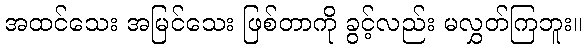
အထင်သေး အမြင်သေး ဖြစ်တာကို ခွင့်လည်း မလွှတ်ကြဘူး။